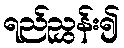
ရည်ညွှန်း၍